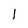
Character: 1